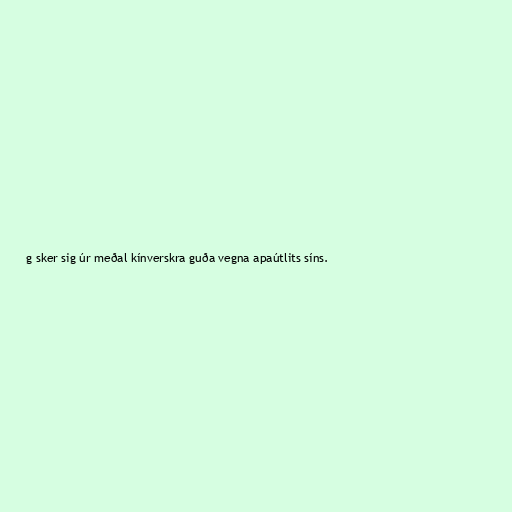
g sker sig úr meðal kínverskra guða vegna apaútlits síns.